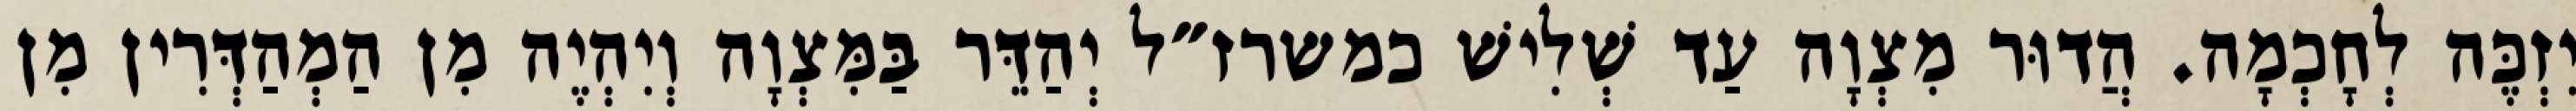
יִזְכֶּה לְחָכְמָה. הֲדוּר מִצְוָה עַד שְׁלִישׁ כמשרז״ל יְהַדֵּר בַּמִּצְוָה וְיִהְיֶה מִן הַמְהַדְּרִין מִן